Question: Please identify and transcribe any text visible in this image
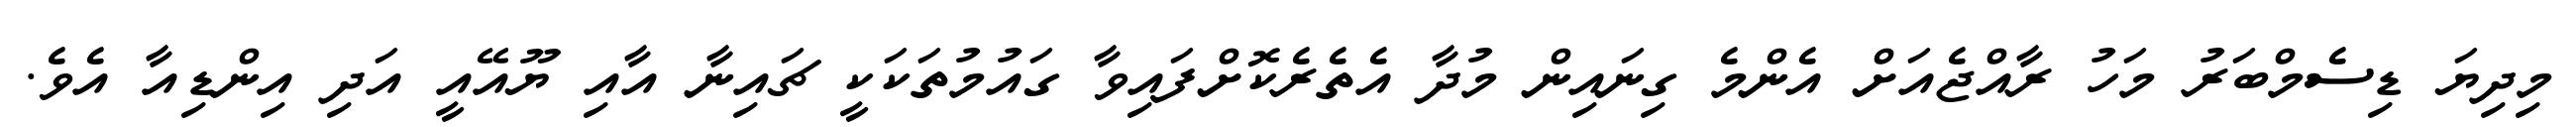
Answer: މިދިޔަ ޑިސެމްބަރު މަހު ރާއްޖެއަށް އެންމެ ގިނައިން މުދާ އެތެރެކޮށްފައިވާ ގައުމުތަކަކީ ޗައިނާ އާއި ޔޫއޭއީ އަދި އިންޑިއާ އެވެ.